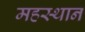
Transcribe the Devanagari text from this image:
महस्थान